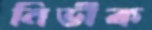
নির্ভীক